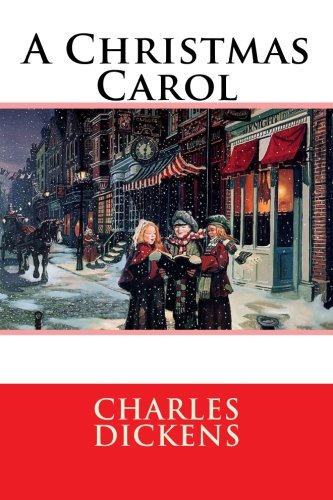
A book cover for A Christmas Carol; Charles Dickens; Literature & Fiction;